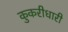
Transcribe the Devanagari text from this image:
कुकरीधारी